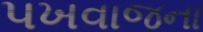
પખવાજના